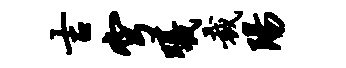
吉穹曦裁阳